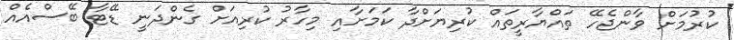
ކުރުމަށް ވާންޖެހޭ ތައްޔާރީތައް ކުރިޔަށްދާ ކަމަށާއި މިހާރު ކުރިއަށް ގެންދަނީ ޑޭޓާ ބޭސްއެއް